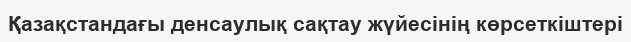
Қазақстандағы денсаулық сақтау жүйесінің көрсеткіштері